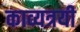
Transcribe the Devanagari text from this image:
काव्यत्रयी